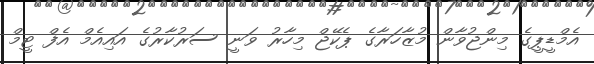
އެމްޑީޕީގެ މިންޖުވާން މުޒާހަރާގެ ޕެކޭޖް މިހާރު ވަނީ ސަރުކާރުގެ އައިއެމް އެފް ޓީމް